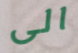
الى